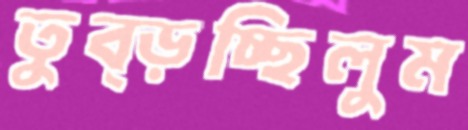
তুব্‌ড়চ্ছিলুম